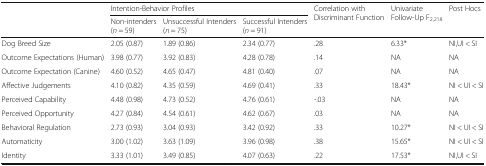
|  | <COLSPAN=3> Intention-Behavior Profiles | <ROWSPAN=2> Correlation with Discriminant Function | <ROWSPAN=2> Univariate Follow-Up F2,218 | <ROWSPAN=2> Post Hocs |
 |  | Non-intenders(n = 59) | Unsuccessful Intenders(n = 75) | Successful Intenders(n = 91) |
 | --- | --- | --- | --- | --- | --- | --- |
 | Dog Breed Size | 2.05 (0.87) | 1.89 (0.86) | 2.34 (0.77) | .28 | 6.33* | NI,UI < SI |
 | Outcome Expectations (Human) | 3.98 (0.77) | 3.92 (0.83) | 4.28 (0.78) | .14 | NA | NA |
 | Outcome Expectation (Canine) | 4.60 (0.52) | 4.65 (0.47) | 4.81 (0.40) | .07 | NA | NA |
 | Affective Judgements | 4.10 (0.82) | 4.35 (0.59) | 4.69 (0.41) | .33 | 18.43* | NI < UI < SI |
 | Perceived Capability | 4.48 (0.98) | 4.73 (0.52) | 4.76 (0.61) | -.03 | NA | NA |
 | Perceived Opportunity | 4.27 (0.84) | 4.54 (0.61) | 4.62 (0.67) | .03 | NA | NA |
 | Behavioral Regulation | 2.73 (0.93) | 3.04 (0.93) | 3.42 (0.92) | .33 | 10.27* | NI < UI < SI |
 | Automaticity | 3.00 (1.02) | 3.63 (1.09) | 3.96 (0.98) | .38 | 15.65* | NI < UI < SI |
 | Identity | 3.33 (1.01) | 3.49 (0.85) | 4.07 (0.63) | .22 | 17.53* | NI,UI < SI |